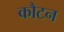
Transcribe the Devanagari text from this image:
कौटन